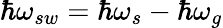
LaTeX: \hbar\omega_{sw}=\hbar\omega_{s}-\hbar\omega_{g}